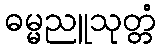
ဓမ္မညူသုတ္တံ